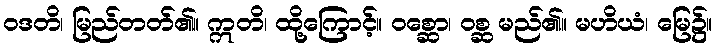
ဝဒတိ၊ မြည်တတ်၏။ ဣတိ၊ ထို့ကြောင့်။ ဝစ္ဆော၊ ဝစ္ဆ မည်၏။ မဟိယံ၊ မြေ၌။